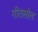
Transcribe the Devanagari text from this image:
गीरासोल